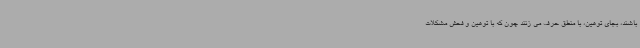
باشند، بجای توهین، با منطق حرف می زنند چون که با توهین و فحش مشکلات